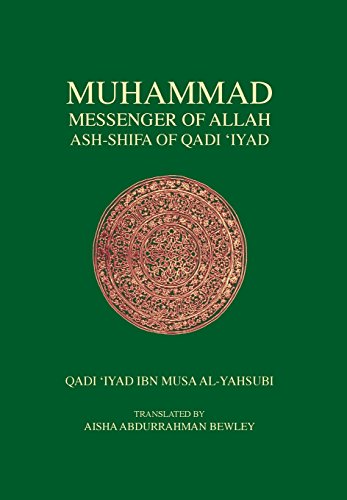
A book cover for Muhammad Messenger of Allah; Qadi Iyad; Religion & Spirituality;